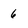
Character: 6